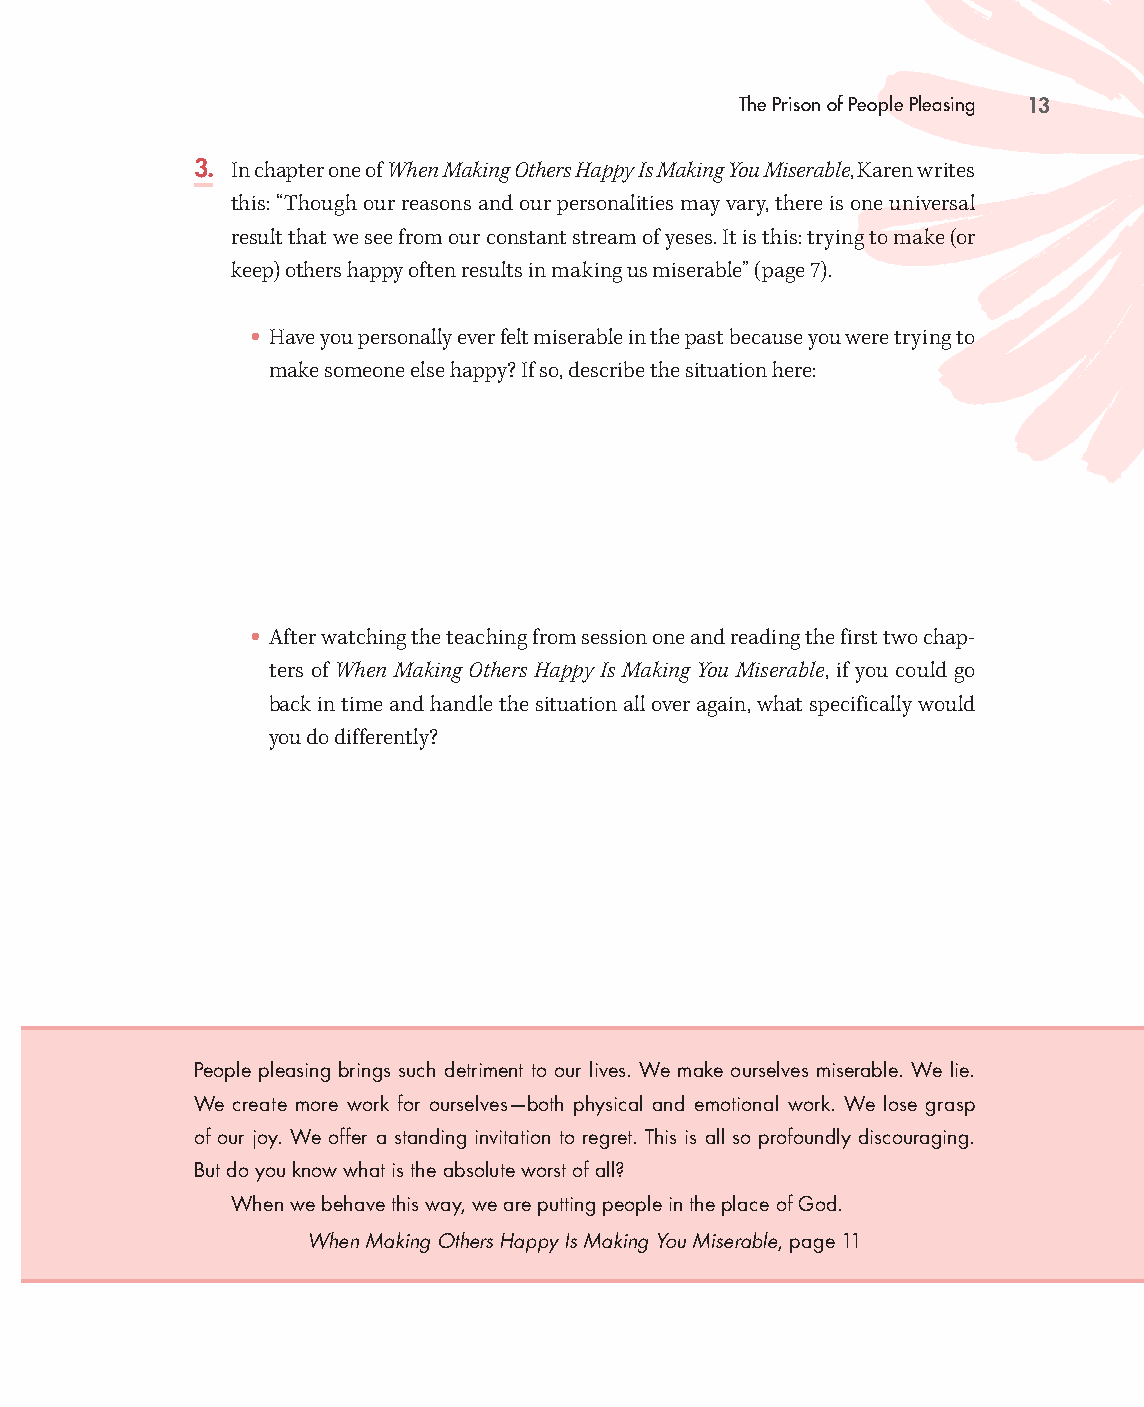
The Prison of People Pleasing 13
 3. In chapter one of When Making Others Happy Is Making You Miserable, Karen writes
 this: “Though our reasons and our personalities may vary, there is one universal
 result that we see from our constant stream of yeses. It is this: trying to make (or
 keep) others happy often results in making us miserable” (page 7).
 •
 Have you personally ever felt miserable in the past because you were trying to
 make someone else happy? If so, describe the situation here:
 •
 After watching the teaching from session one and reading the first two chap-
 ters of When Making Others Happy Is Making You Miserable, if you could go
 back in time and handle the situation all over again, what specifically would
 you do differently?
 People pleasing brings such detriment to our lives. We make ourselves miserable. We lie.
 We create more work for ourselves— both physical and emotional work. We lose grasp
 of our joy. We offer a standing invitation to regret. This is all so profoundly discouraging.
 But do you know what is the absolute worst of all?
 When we behave this way, we are putting people in the place of God.
 When Making Others Happy Is Making You Miserable, page 11
 99778800331100008822776677__MMaakkiinnggOOtthheerrssHHaappppyySSGG__iinntt__SSCC..iinndddd 1133 1100//1122//2211 11::1177 PPMM